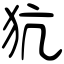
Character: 犺